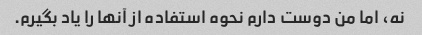
نه، اما من دوست دارم نحوه استفاده از آنها را یاد بگیرم.